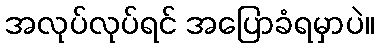
အလုပ်လုပ်ရင် အပြောခံရမှာပဲ။